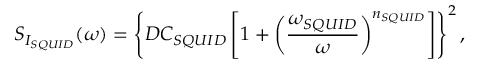
S _ { I _ { S Q U I D } } ( \omega ) = \left\{ D C _ { S Q U I D } \left[ 1 + \left( \frac { \omega _ { S Q U I D } } { \omega } \right) ^ { n _ { S Q U I D } } \right] \right\} ^ { 2 } ,